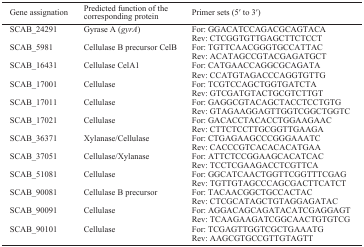
<table><thead><tr><td><b>Gene assignation</b></td><td><b>Predicted function of the corresponding protein</b></td><td><b>Primer sets (5′ to 3′)</b></td></tr></thead><tbody><tr><td>SCAB_24291</td><td>Gyrase A (<i>gyrA</i>)</td><td>For: GGACATCCAGACGCAGTACARev: CTCGGTGTTGAGCTTCTCCT</td></tr><tr><td>SCAB_5981</td><td>Cellulase B precursor CelB</td><td>For: TGTTCAACGGGTGCCATTACRev: ACATAGCCGTACGAGATGCT</td></tr><tr><td>SCAB_16431</td><td>Cellulase CelA1</td><td>For: CATGAACCAGGCGCAGATARev: CCATGTAGACCCAGGTGTTG</td></tr><tr><td>SCAB_17001</td><td>Cellulase</td><td>For: TCGTCCAGCTGGTGATCTARev: GTCGATGTACTGCGTCTTGT</td></tr><tr><td>SCAB_17011</td><td>Cellulase</td><td>For: GAGGCGTACAGCTACCTCCTGTGRev: GTAGAAGGAGTTGGTCGGCTGGTC</td></tr><tr><td>SCAB_17021</td><td>Cellulase</td><td>For: GACACCTACACCTGGAAGAACRev: CTTCTCCTTGCGGTTGAAGA</td></tr><tr><td>SCAB_36371</td><td>Xylanase/Cellulase</td><td>For: CTGAGAAGCCCGGGAAATCRev: CACCCGTCACACACATGAA</td></tr><tr><td>SCAB_37051</td><td>Cellulase/Xylanase</td><td>For: ATTCTCCGGAAGCACATCACRev: TCCTCGAAGACCTCGTTCA</td></tr><tr><td>SCAB_51081</td><td>Cellulase</td><td>For: GGCATCAACTGGTTCGGTTTCGAGRev: TGTTGTAGCCCAGCGACTTCATCT</td></tr><tr><td>SCAB_90081</td><td>Cellulase B precursor</td><td>For: TACAACGGCTGCCACTACRev: CTCGCATAGCTGTAGGAGATAC</td></tr><tr><td>SCAB_90091</td><td>Cellulase</td><td>For: AGGACAGCAGATACATCGAGGAGTRev: TCAAGAAGATCGGCAACTGTGTCG</td></tr><tr><td>SCAB_90101</td><td>Cellulase</td><td>For: TCGAGTTGGTCGCTGAAATGRev: AAGCGTGCCGTTGTAGTT</td></tr></tbody></table>